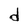
Character: d